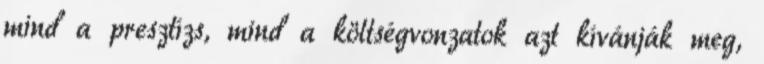
mind a presztízs, mind a költségvonzatok azt kívánják meg,